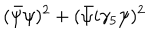
( \bar { \psi } \psi ) ^ { 2 } + ( \bar { \psi } i \gamma _ { 5 } \psi ) ^ { 2 }